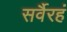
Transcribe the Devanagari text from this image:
सर्वैरहं